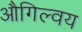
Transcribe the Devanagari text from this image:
औगिल्वय